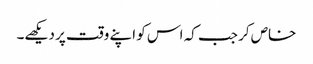
خاص کر جب کہ اس کو اپنے وقت پر دیکھے۔